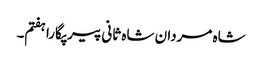
شاہ مردان شاہ ثانی پیر پگارا ہفتم۔